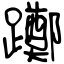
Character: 躑